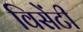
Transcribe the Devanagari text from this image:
विसेंटी